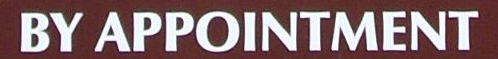
BY APPOINTMENT